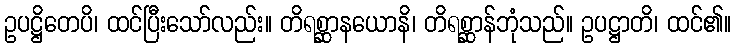
ဥပဋ္ဌိတေပိ၊ ထင်ပြီးသော်လည်း။ တိရစ္ဆာနယောနိ၊ တိရစ္ဆာန်ဘုံသည်။ ဥပဋ္ဌာတိ၊ ထင်၏။